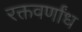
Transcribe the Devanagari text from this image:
रक्तवर्णांध